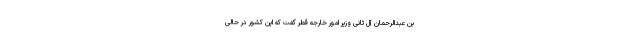
بن عبدالرحمان آل ثانی وزیر امور خارجه قطر گفت که این کشور در حالی